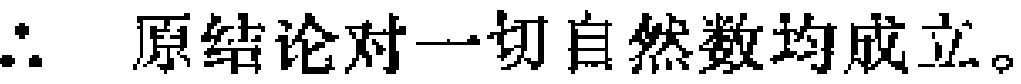
\(\therefore\) 原结论对一切自然数均成立。